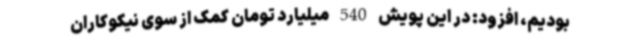
بودیم، افزود: در این پویش 540 میلیارد تومان کمک از سوی نیکوکاران